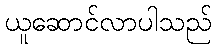
ယူဆောင်လာပါသည်